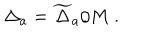
\Delta _ { a } = { \widetilde \Delta } _ { a } / M ~ .